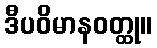
ဒီပဝိမာနဝတ္ထု။